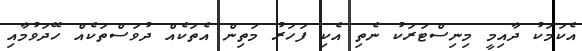
އެކަމަކު ދާއިމީ މިނިސްޓަރަކު ނެތި އެކި ފަހަރު މަތިން އެތަކެއް ދުވަސްތަކެއް ހޭދަވުމާއި